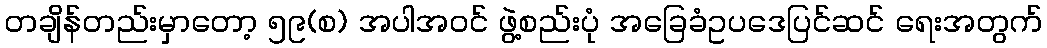
တချိန်တည်းမှာတော့ ၅၉(စ) အပါအဝင် ဖွဲ့စည်းပုံ အခြေခံဥပဒေပြင်ဆင် ရေးအတွက်